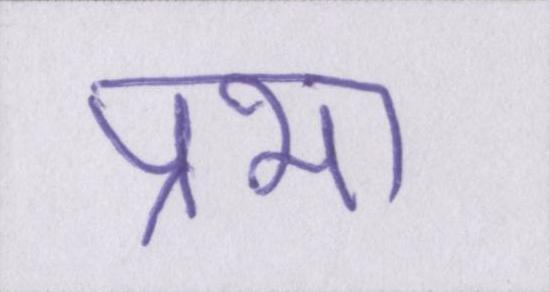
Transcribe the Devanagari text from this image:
प्रभा